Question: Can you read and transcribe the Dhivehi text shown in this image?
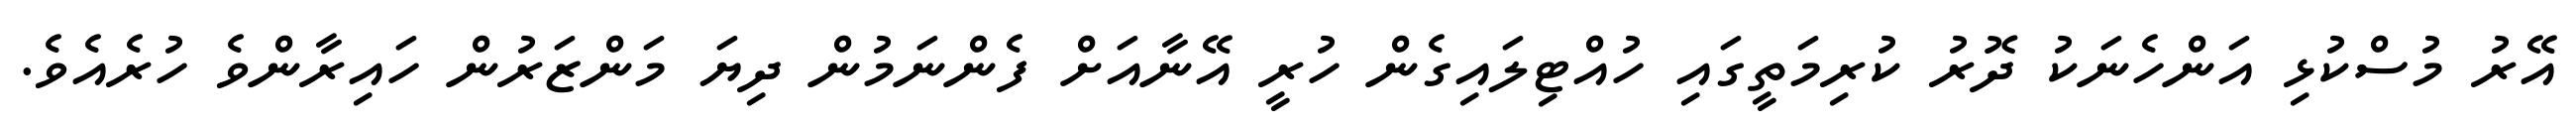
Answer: އޭރު މުސްކުޅި އަންހެނަކު ދޮރު ކުރިމަތީގައި ހުއްޓިލައިގެން ހުރީ އޭނާއަށް ފެންނަމުން ދިޔަ މަންޒަރުން ހައިރާންވެ ހުރެއެވެ.